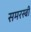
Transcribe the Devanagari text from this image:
समरस्बी